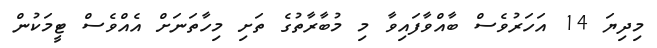
މިދިޔަ 14 އަހަރުވެސް ބާއްވާފައިވާ މި މުބާރާތުގެ ތަށި މިހާތަނަށް އެއްވެސް ޓީމަކުން